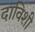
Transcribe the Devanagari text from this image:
दाविशी